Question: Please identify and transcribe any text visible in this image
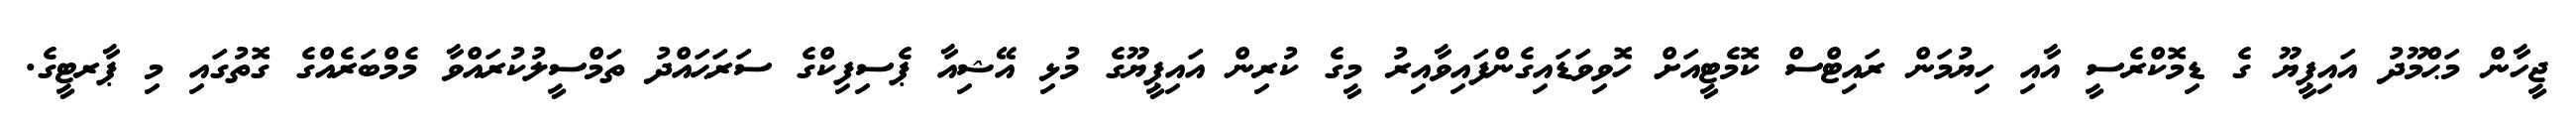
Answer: ޖީހާން މަޙްމޫދު އައިޕީޔޫ ގެ ޑިމޮކްރެސީ އާއި ހިޔުމަން ރައިޓްސް ކޮމެޓީއަށް ހޮވިވަޑައިގެންފައިވާއިރު މީގެ ކުރިން އައިޕީޔޫގެ މުޅި އޭޝިއާ ޕެސިފިކްގެ ސަރަޙައްދު ތަމްސީލުކުރައްވާ މެމްބަރެއްގެ ގޮތުގައި މި ޕާރޓީގެ.